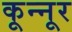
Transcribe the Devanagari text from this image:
कून्‍नूर